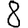
Digit: 8